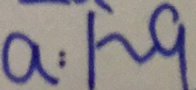
a : 1 \sim 9